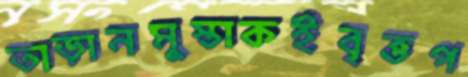
তাড়ানমুস্তাকইবৃত্তপ